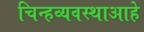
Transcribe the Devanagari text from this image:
चिन्हव्यवस्थाआहे